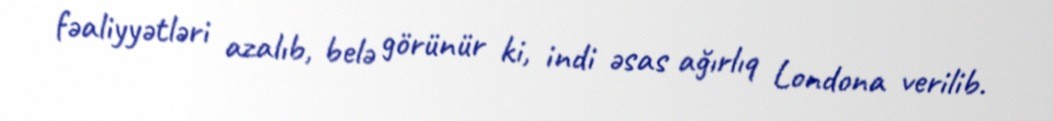
fəaliyyətləri azalıb, belə görünür ki, indi əsas ağırlıq Londona verilib.